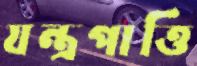
যন্ত্রপাত্তি